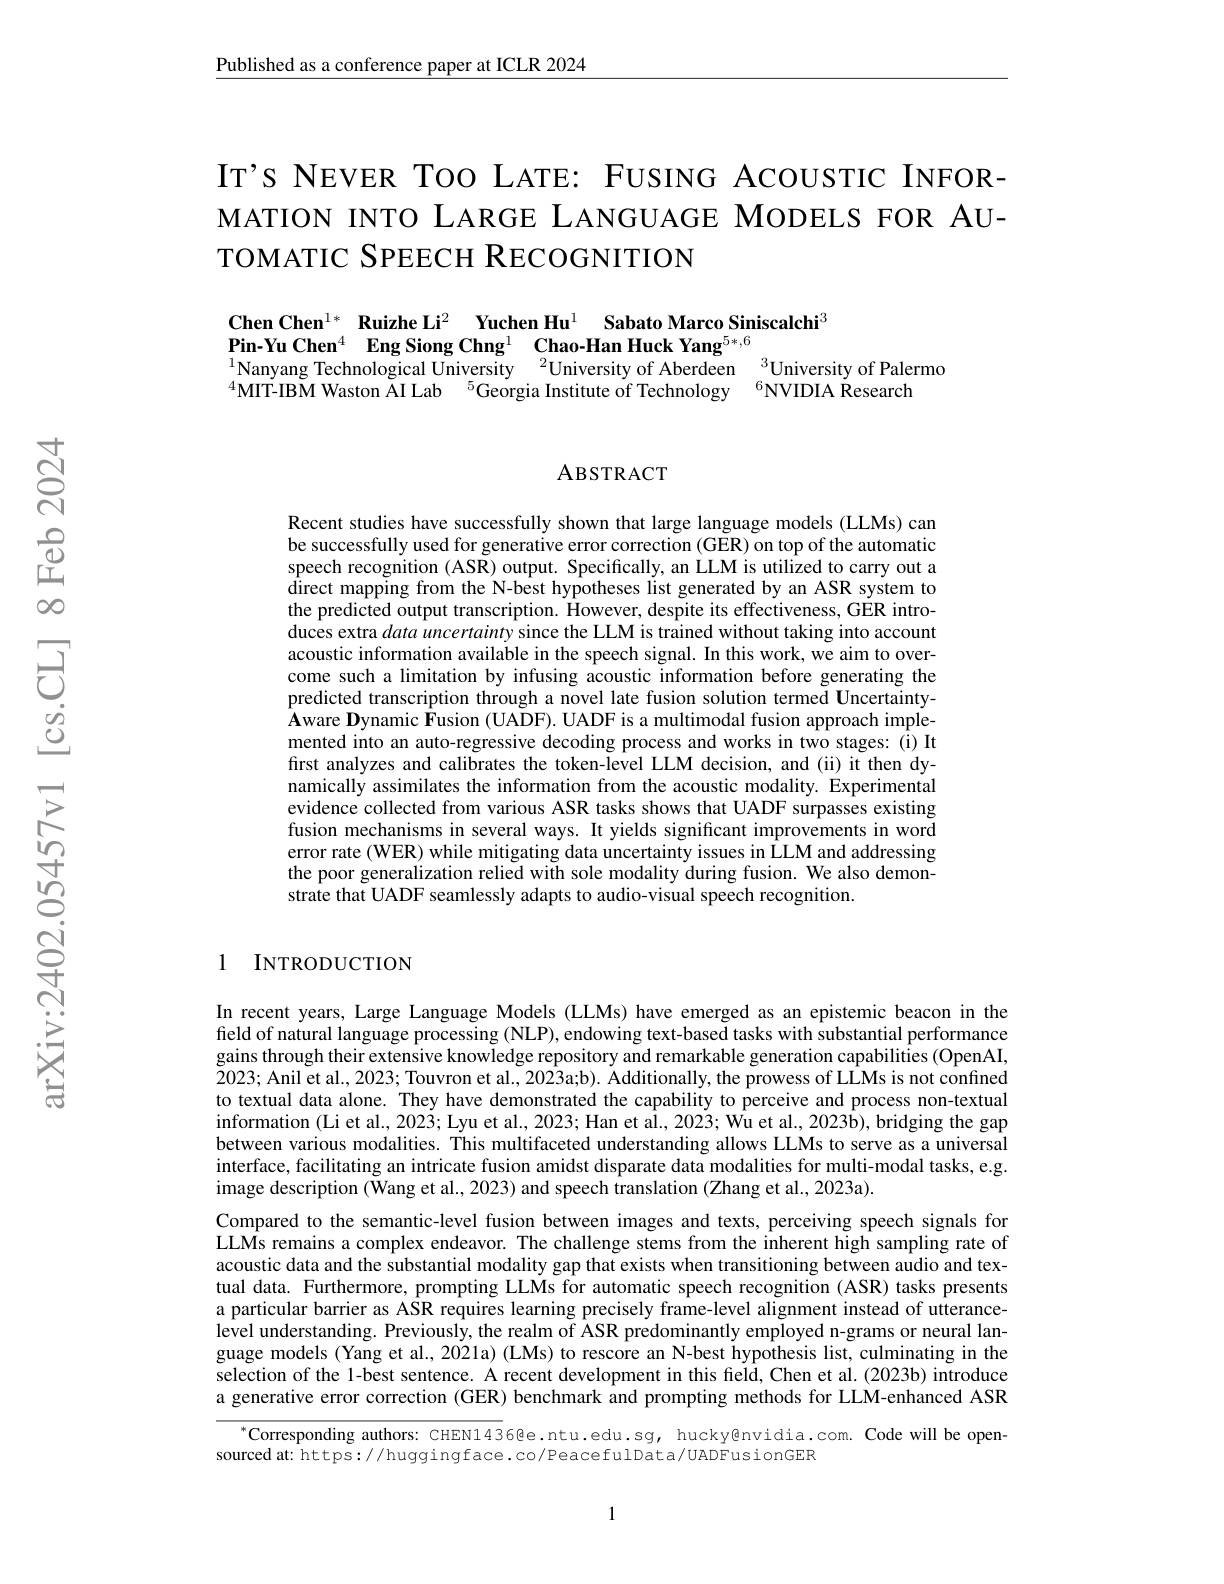
Published as a conference paper at ICLR 2024

IT's NevER TOO LATE: FUSING ACOUSTIC INFORMATION INTO LARGE LANGUAGE MODELS FOR AUTOMATIC SPEECH RECOGNITION

Chen Chen$^{1*}$ Ruizhe Li$^2$ Yuchen Hu$^1$ Sabato Marco Siniscalchi$^3$
Pin-Yu Chen$^{4}$ Eng Siong Chng$^{1}$ Chao-Han Huck Yang$^{5*,6}$
$^{1}$Nanyang Technological University$^2$University of Aberdeen$^3$University of Palermo
$^{4}$MIT-IBM Waston ĂI Lab$\:^5$Georgia Institute of Technology$\:^6$NVIDIA Kesearch

### ABSTRACT

Recent studies have successfully shown that large language models (LLMs) can be successfully used for generative error correction (GER) on top of the automatic speech recognition (ASR) output. Specifically, an LLM is utilized to carry out a direct mapping from the N- best hypotheses list generated by an ASR system to the predicted output transcription. $\hat{\text{However, despite its effectiveness, GER intro-}}$ $\hat{\text{duces extra }data}\hat{u}ncertainty\hat{\text{since the LLM is trained without taking into account}}$ acoustic information available in the speech signal. In this work, we aim to overcome such a limitation by infusing acoustic information before generating the predicted transcription through a novel late fusion solution termed Uncertainty- $\hat{\mathbf{A}}$ware Dynamic $\hat{\mathbf{F}}$usion (UADF). UADF is a multimodal fusion approach implemented into an auto-regressive decoding process and works in two stages: (i) It first analyzes and calibrates the token-level LLM decision, and (ii) it then dynamically assimilates the information from the acoustic modality. Experimental evidence collected from various ASR tasks shows that UADF surpasses existing fusion mechanisms in several ways. It yields significant improvements in word error rate (WER) while mitigating data uncertainty issues in LLM and addressing the poor generalization relied with sole modality during fusion. We also demonstrate that UADF seamlessly adapts to audio-visual speech recognition.

1 INTRODUCTION

In recent years, Large Language Models (LLMs) have emerged as an epistemic beacon in the field of natural language processing (NLP), endowing text-based tasks with substantial performance gains through their extensive knowledge repository and remarkable generation capabilities (OpenAI, 2023; Anil et al., 2023; Touvron et al., 2023a;b). Additionally, the prowess of LLMs is not confined to textual data alone. They have demonstrated the capability to perceive and process non-textual information ( Li et al. , 2023; Lyu et al. , 2023; Han et al. , 2023; Wu et al. , 2023b) , bridging the gap information ( Li et al. , 2023; Lyu et al. , 2023; Wu et al. , 2023b) , bridging the gap between various modalities. This multifaceted understanding allows LLMs to serve as a universal interface, facilitating an intricate fusion amidst disparate data modalities for multi-modal tasks, e.g. image description ( Wang et al., 2023) and speech translation (Zhang et al., 2023a).
Compared to the semantic-level fusion between images and texts, perceiving speech signals for LLMs remains a complex endeavor. The challenge stems from the inherent high sampling rate of acoustic data and the substantial modality gap that exists when transitioning between audio and textual data. Furthermore, prompting LLMs for automatic speech recognition (ASR) tasks presents a particular barrier as ASR requires learning precisely frame-level alignment instead of utterancelevel understanding. Previously, the realm of ASR predominantly employed n-grams or neural language models (Yang et al., 2021a) (LMs) to rescore an N-best hypothesis list, culminating in the selection of the 1-best sentence. A recent development in this field, Chen et al.(2023b) introduce a generative error correction (GER) benchmark and prompting methods for LLM-enhanced ASR

$^{*}$Corresponding authors: CHEN1436@e.ntu.edu.sg, hucky@nvidia.com. Code will be open-

sourced at: https:// huggingface. co/ PeacefulData/ UADFusionGER

1